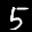
Label: 5